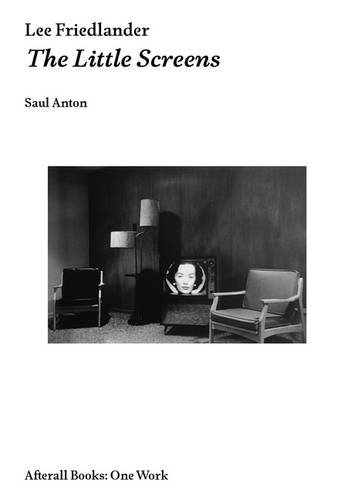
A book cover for Lee Friedlander: The Little Screens (AFTERALL); Saul Anton; Arts & Photography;